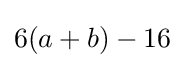
6(a+b)-16